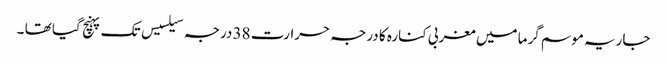
جاریہ موسم گرما میں مغربی کنارہ کا درجہ حرارت 38 درجہ سیلسیس تک پہنچ گیا تھا ۔